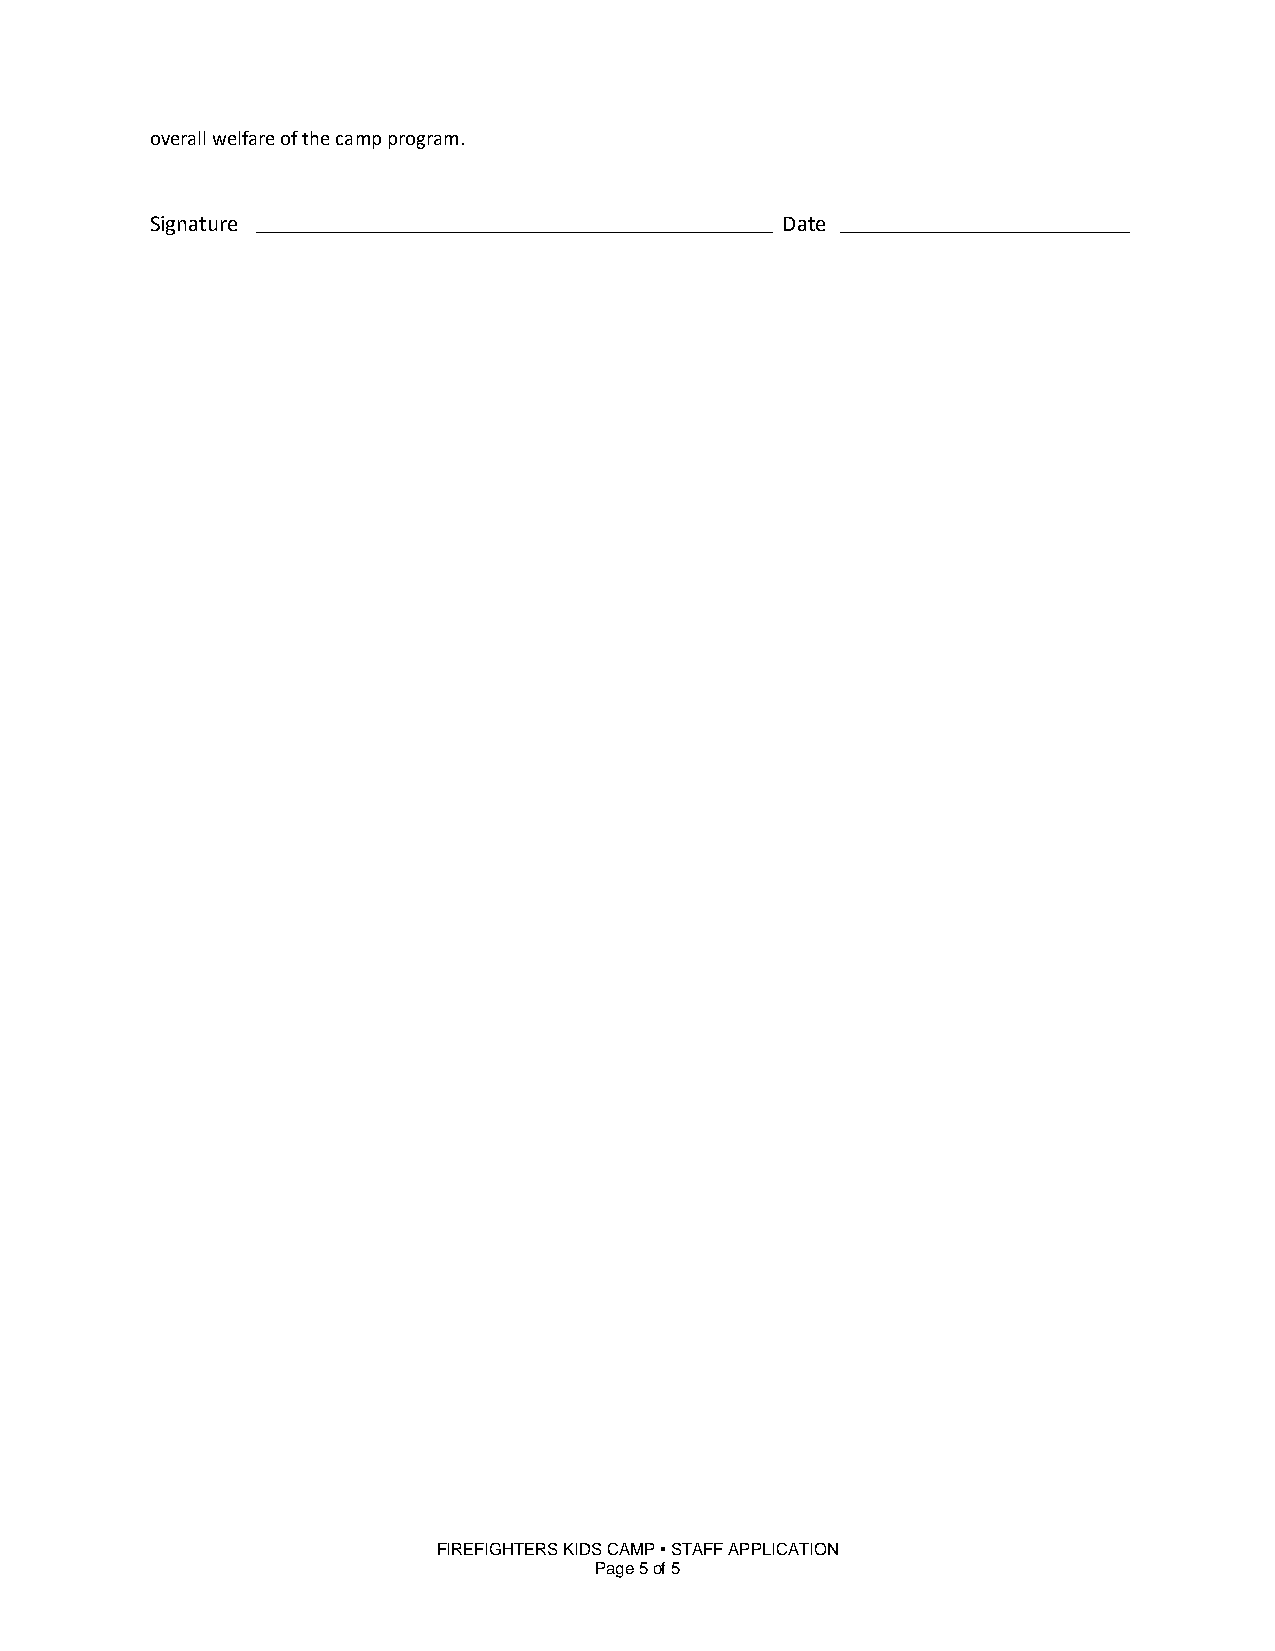
overall welfare of the camp program.
 Signature                                 Date
 FIREFIGHTERS KIDS CAMP  STAFF APPLICATION
 Page 5 of 5